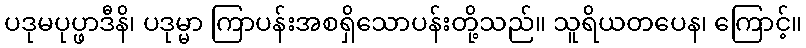
ပဒုမပုပ္ဖာဒီနိ၊ ပဒုမ္မာ ကြာပန်းအစရှိသောပန်းတို့သည်။ သူရိယတပေန၊ ကြောင့်။